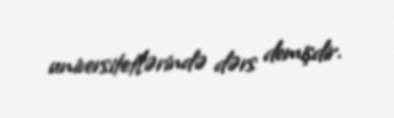
universitetlərində dərs demişdir.